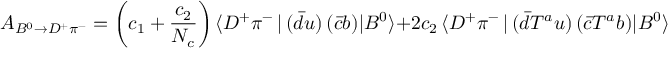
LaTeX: A _ { B ^ { 0 } \to D ^ { + } \pi ^ { - } } = \left( c _ { 1 } + \frac { c _ { 2 } } { N _ { c } } \right) \langle D ^ { + } \pi ^ { - } \, | \, ( \bar { d } u ) \, ( \bar { c } b ) | B ^ { 0 } \rangle + 2 c _ { 2 } \, \langle D ^ { + } \pi ^ { - } \, | \, ( \bar { d } T ^ { a } u ) \, ( \bar { c } T ^ { a } b ) | B ^ { 0 } \rangle \ .